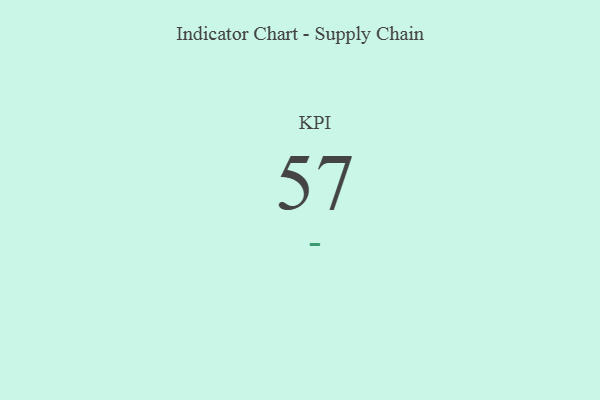
{"axis": {"x": "KPI", "y": "Value"}, "legend": [""], "data": [{"x": "KPI", "y": 57, "type": ""}]}